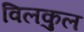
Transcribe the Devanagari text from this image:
विलकुल